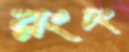
রংঢং